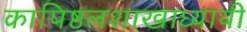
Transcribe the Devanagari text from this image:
कापिष्ठलशाखाध्यायी